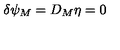
\delta \psi _ { M } = D _ { M } \eta = 0